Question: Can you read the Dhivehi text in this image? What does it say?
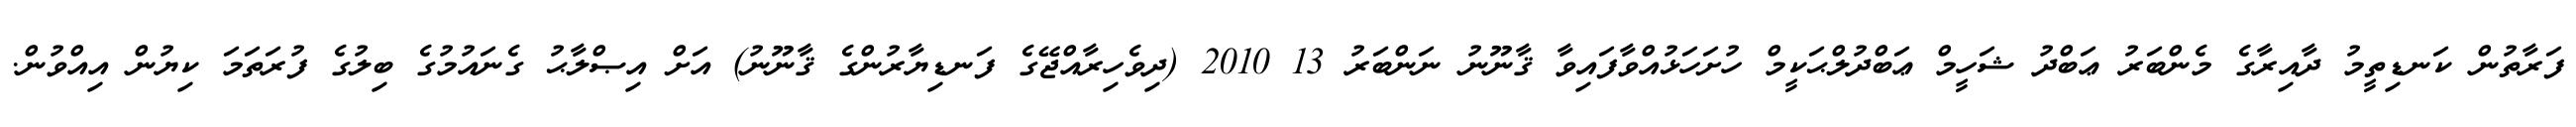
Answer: ފަރާތުން ކަނޑިތީމު ދާއިރާގެ މެންބަރު ޢަބްދު ޝަހީމް ޢަބްދުލްޙަކީމް ހުށަހަޅުއްވާފައިވާ ޤާނޫނު ނަންބަރު 13 2010 (ދިވެހިރާއްޖޭގެ ފަނޑިޔާރުންގެ ޤާނޫނު) އަށް އިޞްލާޙު ގެނައުމުގެ ބިލުގެ ފުރަތަމަ ކިޔުން އިއްވުން.